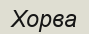
Хорва